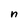
Character: n